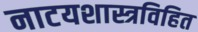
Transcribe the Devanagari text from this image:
नाटयशास्त्रविहित